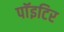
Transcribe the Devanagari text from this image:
पाॅइटिर